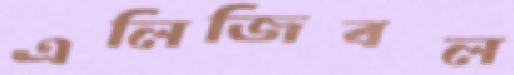
এলিজিবল